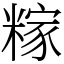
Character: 糘